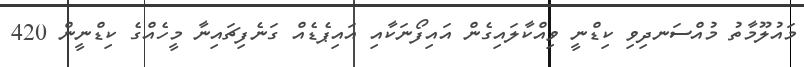
މައުލޫމާތު މުއްސަނދިވި ކިޑްނީ ވިއްކާލައިގެން އައިފޯނަކާއި އައިޕެޑެއް ގަނެފިޗައިނާ މީހެއްގެ ކިޑްނީން 420